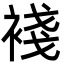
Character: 䙁